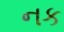
નક